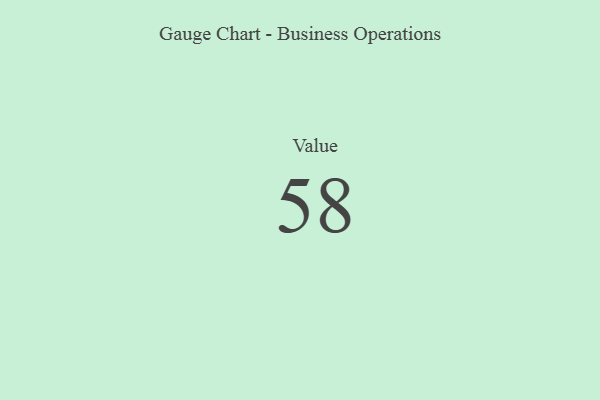
{"axis": {"x": "Metric", "y": "Value"}, "legend": [""], "data": [{"x": "Value", "y": 58, "type": ""}]}